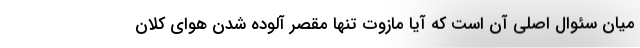
میان سئوال اصلی آن است که آیا مازوت تنها مقصر آلوده شدن هوای کلان